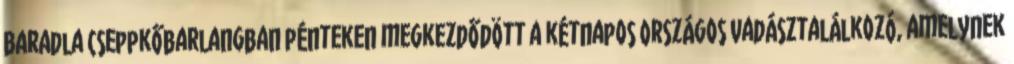
Baradla Cseppkőbarlangban pénteken megkezdődött a kétnapos Országos Vadásztalálkozó, amelynek